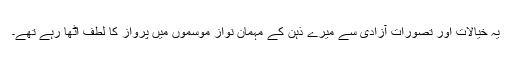
یہ خیالات اور تصورات آزادی سے میرے ذہن کے مہمان نواز موسموں میں پرواز کا لطف اٹھا رہے تھے۔